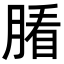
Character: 𦞖